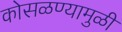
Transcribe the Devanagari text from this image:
कोसळण्यामुळीं